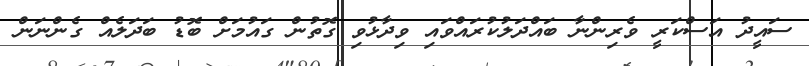
ސައީދު އަސްކަރީ ވެރިންނާ ބައްދަލުކުރައްވައި ވިދާޅުވި ގޮތުން ގައުމަށް ބޮޑު ބަދަލެއް ގެންނަން